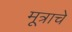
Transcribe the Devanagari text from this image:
मूत्राचे